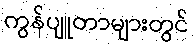
ကွန်ပျူတာများတွင်